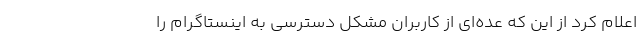
اعلام کرد از این که عده‌ای از کاربران مشکل دسترسی به اینستاگرام را